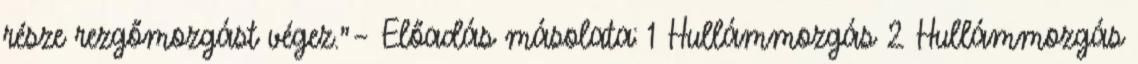
része rezgőmozgást végez."— Előadás másolata: 1 Hullámmozgás 2 Hullámmozgás